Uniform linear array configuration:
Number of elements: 12
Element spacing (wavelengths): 0.5
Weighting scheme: binomial
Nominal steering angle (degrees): -15
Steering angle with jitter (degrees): -13.182
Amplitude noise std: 0.05
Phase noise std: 0.05

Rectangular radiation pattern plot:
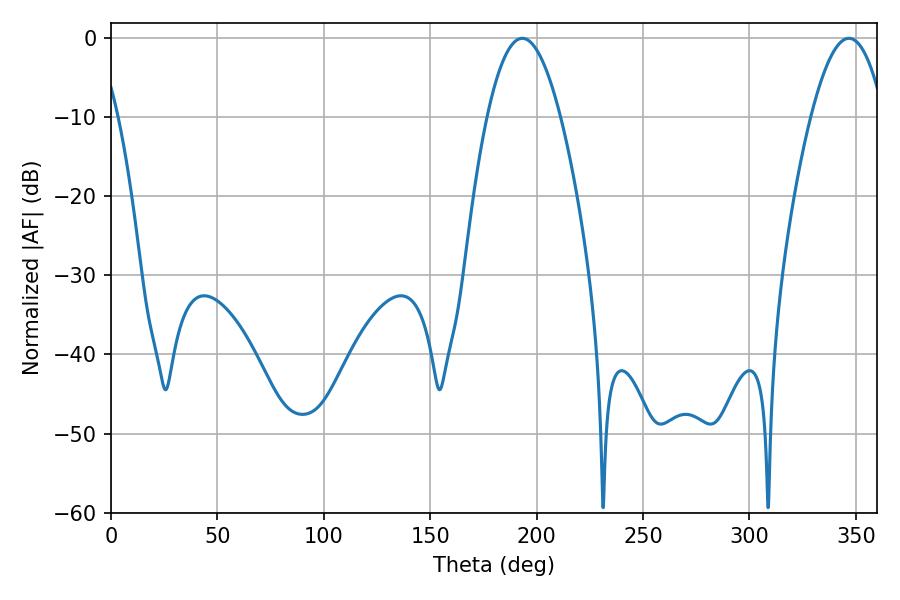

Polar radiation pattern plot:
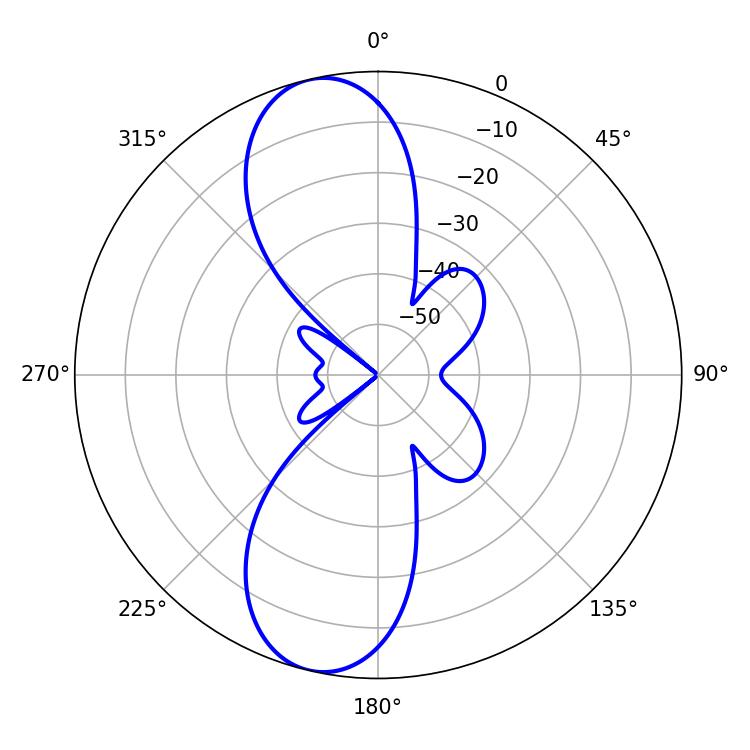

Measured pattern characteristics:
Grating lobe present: FALSE
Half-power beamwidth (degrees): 18.72
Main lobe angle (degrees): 193.32